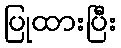
ပြုထားပြီး